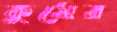
কুমের